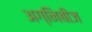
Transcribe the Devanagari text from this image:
अग्निबीज